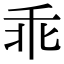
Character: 乖